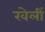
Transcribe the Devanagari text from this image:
खेलीं